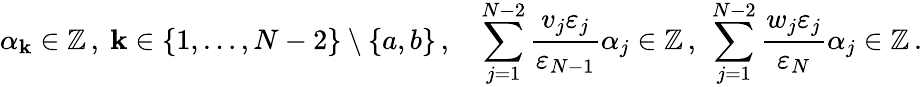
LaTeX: {\alpha_{\mathbf{k}}}\in\mathbb{{Z}}\, ,~\mathbf{k}\in\{ 1,\dots,N-2\} \setminus\{ a,b\} \, ,\quad\sum_{j=1}^{N-2}{\frac{{v_{j}\varepsilon_{j}}}{{\varepsilon_{N-1}}}}{\alpha_{j}}\in\mathbb{{Z}}\, ,~\sum_{j=1}^{N-2}{\frac{{w_{j}\varepsilon_{j}}}{{\varepsilon_{N}}}}{\alpha_{j}}\in\mathbb{{Z}}\, .